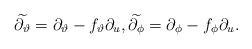
LaTeX: \begin{align*} \widetilde{\partial_{\vartheta}} = \partial_{\vartheta} - f_{\vartheta} \partial_u, \widetilde{\partial_{\phi}}=\partial_{\phi} - f_{\phi} \partial_u.\end{align*}